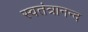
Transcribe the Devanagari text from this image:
स्वतंत्रानन्द